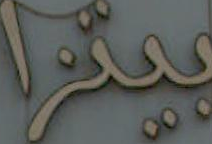
بيتزا